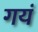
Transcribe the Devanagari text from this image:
गयं